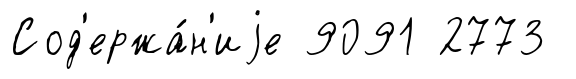
Сод'ержа́н'иjе 9091 2773